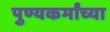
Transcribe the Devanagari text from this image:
पुण्यकर्मांच्या